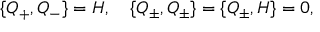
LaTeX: \{ Q _ { + } , Q _ { - } \} = { { \cal H } } , \quad \{ Q _ { \pm } , Q _ { \pm } \} = \{ Q _ { \pm } , { \cal H } \} = 0 ,